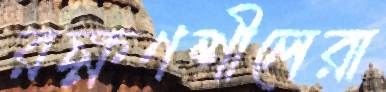
রক্ষণশীলেরা